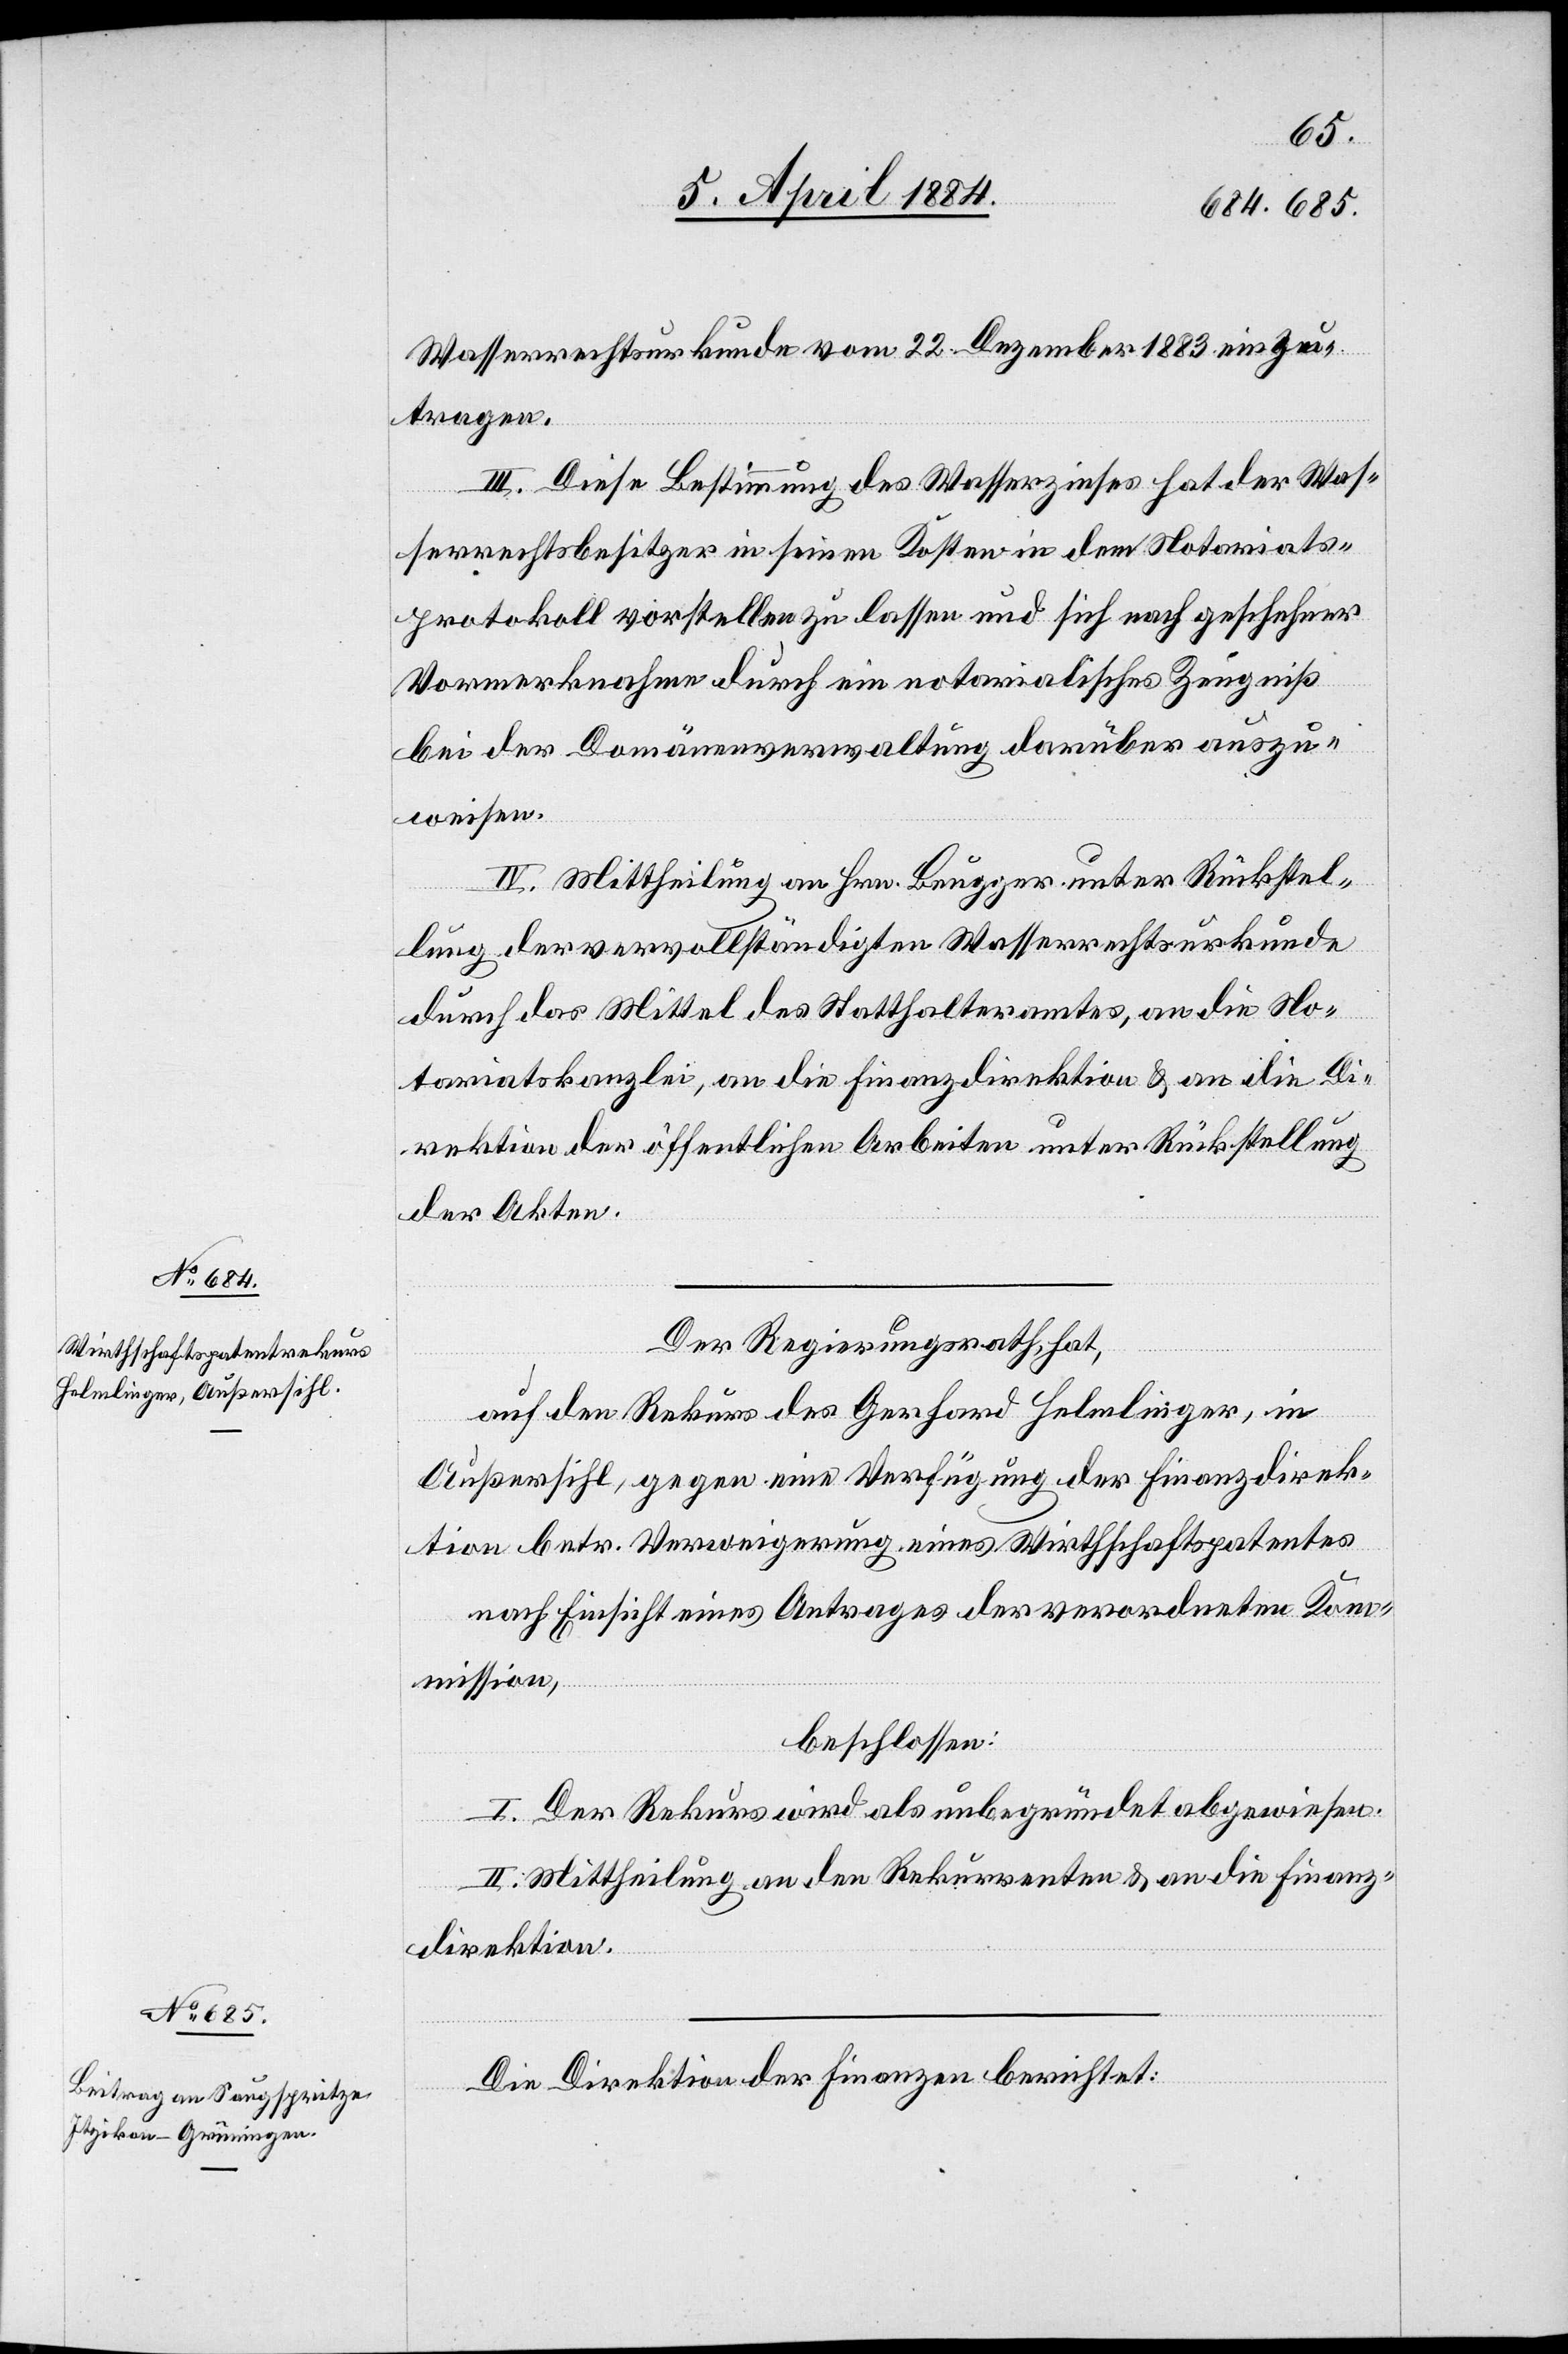
Wasserrechtsurkunde vom 22. Dezember 1883 einzu¬
tragen.
III. Diese Bestimmung des Wasserzinses hat der Was¬
serrechtsbesitzer in seinen Kosten in dem Notariats¬
protokoll vorstellen zu lassen und sich nach geschehener
Vormerknahme durch ein notarialisches Zeugniß
bei der Domäneverwaltung darüber auszu¬
weisen.
IV. Mittheilung an Hrn. Beugger unter Rückstel¬
lung der vervollständigten Wasserrechtsurkunde
durch das Mittel des Statthalteramtes, an die No¬
tariatskanzlei, an die Finanzdirektion & an die Di¬
rektion der öffentlichen Arbeiten unter Rückstellung
der Akten.
Der Regierungsrath, hat,
auf den Rekurs des Gerhard Helmlinger, in
Außersihl, gegen eine Verfügung der Finanzdirek¬
tion betr. Verweigerung eines Wirthschaftspatentes
nach Einsicht eines Antrages der verordneten Kom¬
mission,
beschlossen:
I. Der Rekurs wird als unbegründet abgewiesen.
II. Mittheilung an den Rekurrenten & an die Finanz¬
direktion.
Die Direktion der Finanzen berichtet: